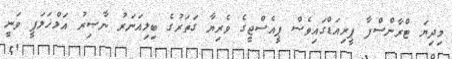
މިދިޔަ ޓްރާންސްފާ ޕީރިއަޑްގައިވެސް ޕީއެސްޖީގެ ވެރިޔާ ގަތަރުގެ ބިލިއަނަރު ނާޞިރު އަލްޚަލަފީ ވަނީ